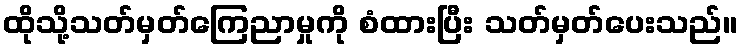
ထိုသို့သတ်မှတ်ကြေညာမှုကို စံထားပြီး သတ်မှတ်ပေးသည်။